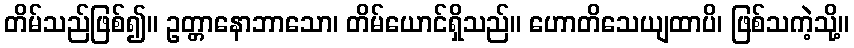
တိမ်သည်ဖြစ်၍။ ဥတ္တာနောဘာသော၊ တိမ်ယောင်ရှိသည်။ ဟောတိသေယျထာပိ၊ ဖြစ်သကဲ့သို့။